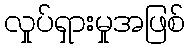
လှုပ်ရှားမှုအဖြစ်